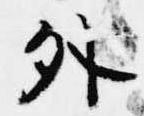
外